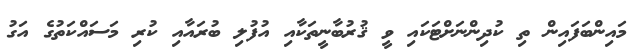
މައިންބަފައިން ތި ކުދިންނަށްޓަކައި ވީ ޤުރުބާނީތަކާއި އުފުލި ބުރައާއި ކުރި މަސައްކަތުގެ އަގު